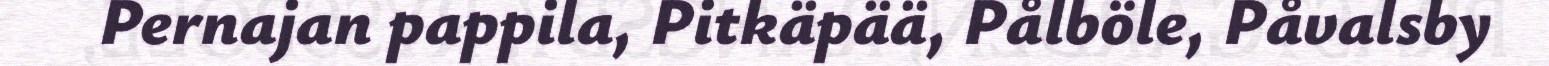
Pernajan pappila, Pitkäpää, Pålböle, Påvalsby